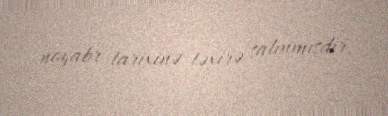
noyabr tarixinə təxirə salınmışdır.